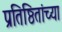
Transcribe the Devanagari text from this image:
प्रतिष्ठितांच्या